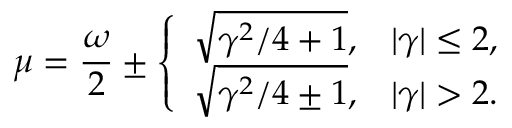
\mu = \frac { \omega } { 2 } \pm \left\{ \begin{array} { l l } { \sqrt { \gamma ^ { 2 } / 4 + 1 } , } & { | \gamma | \leq 2 , } \\ { \sqrt { \gamma ^ { 2 } / 4 \pm 1 } , } & { | \gamma | > 2 . } \end{array} \right.